Paatsalu_vallavalitsus, lk 16
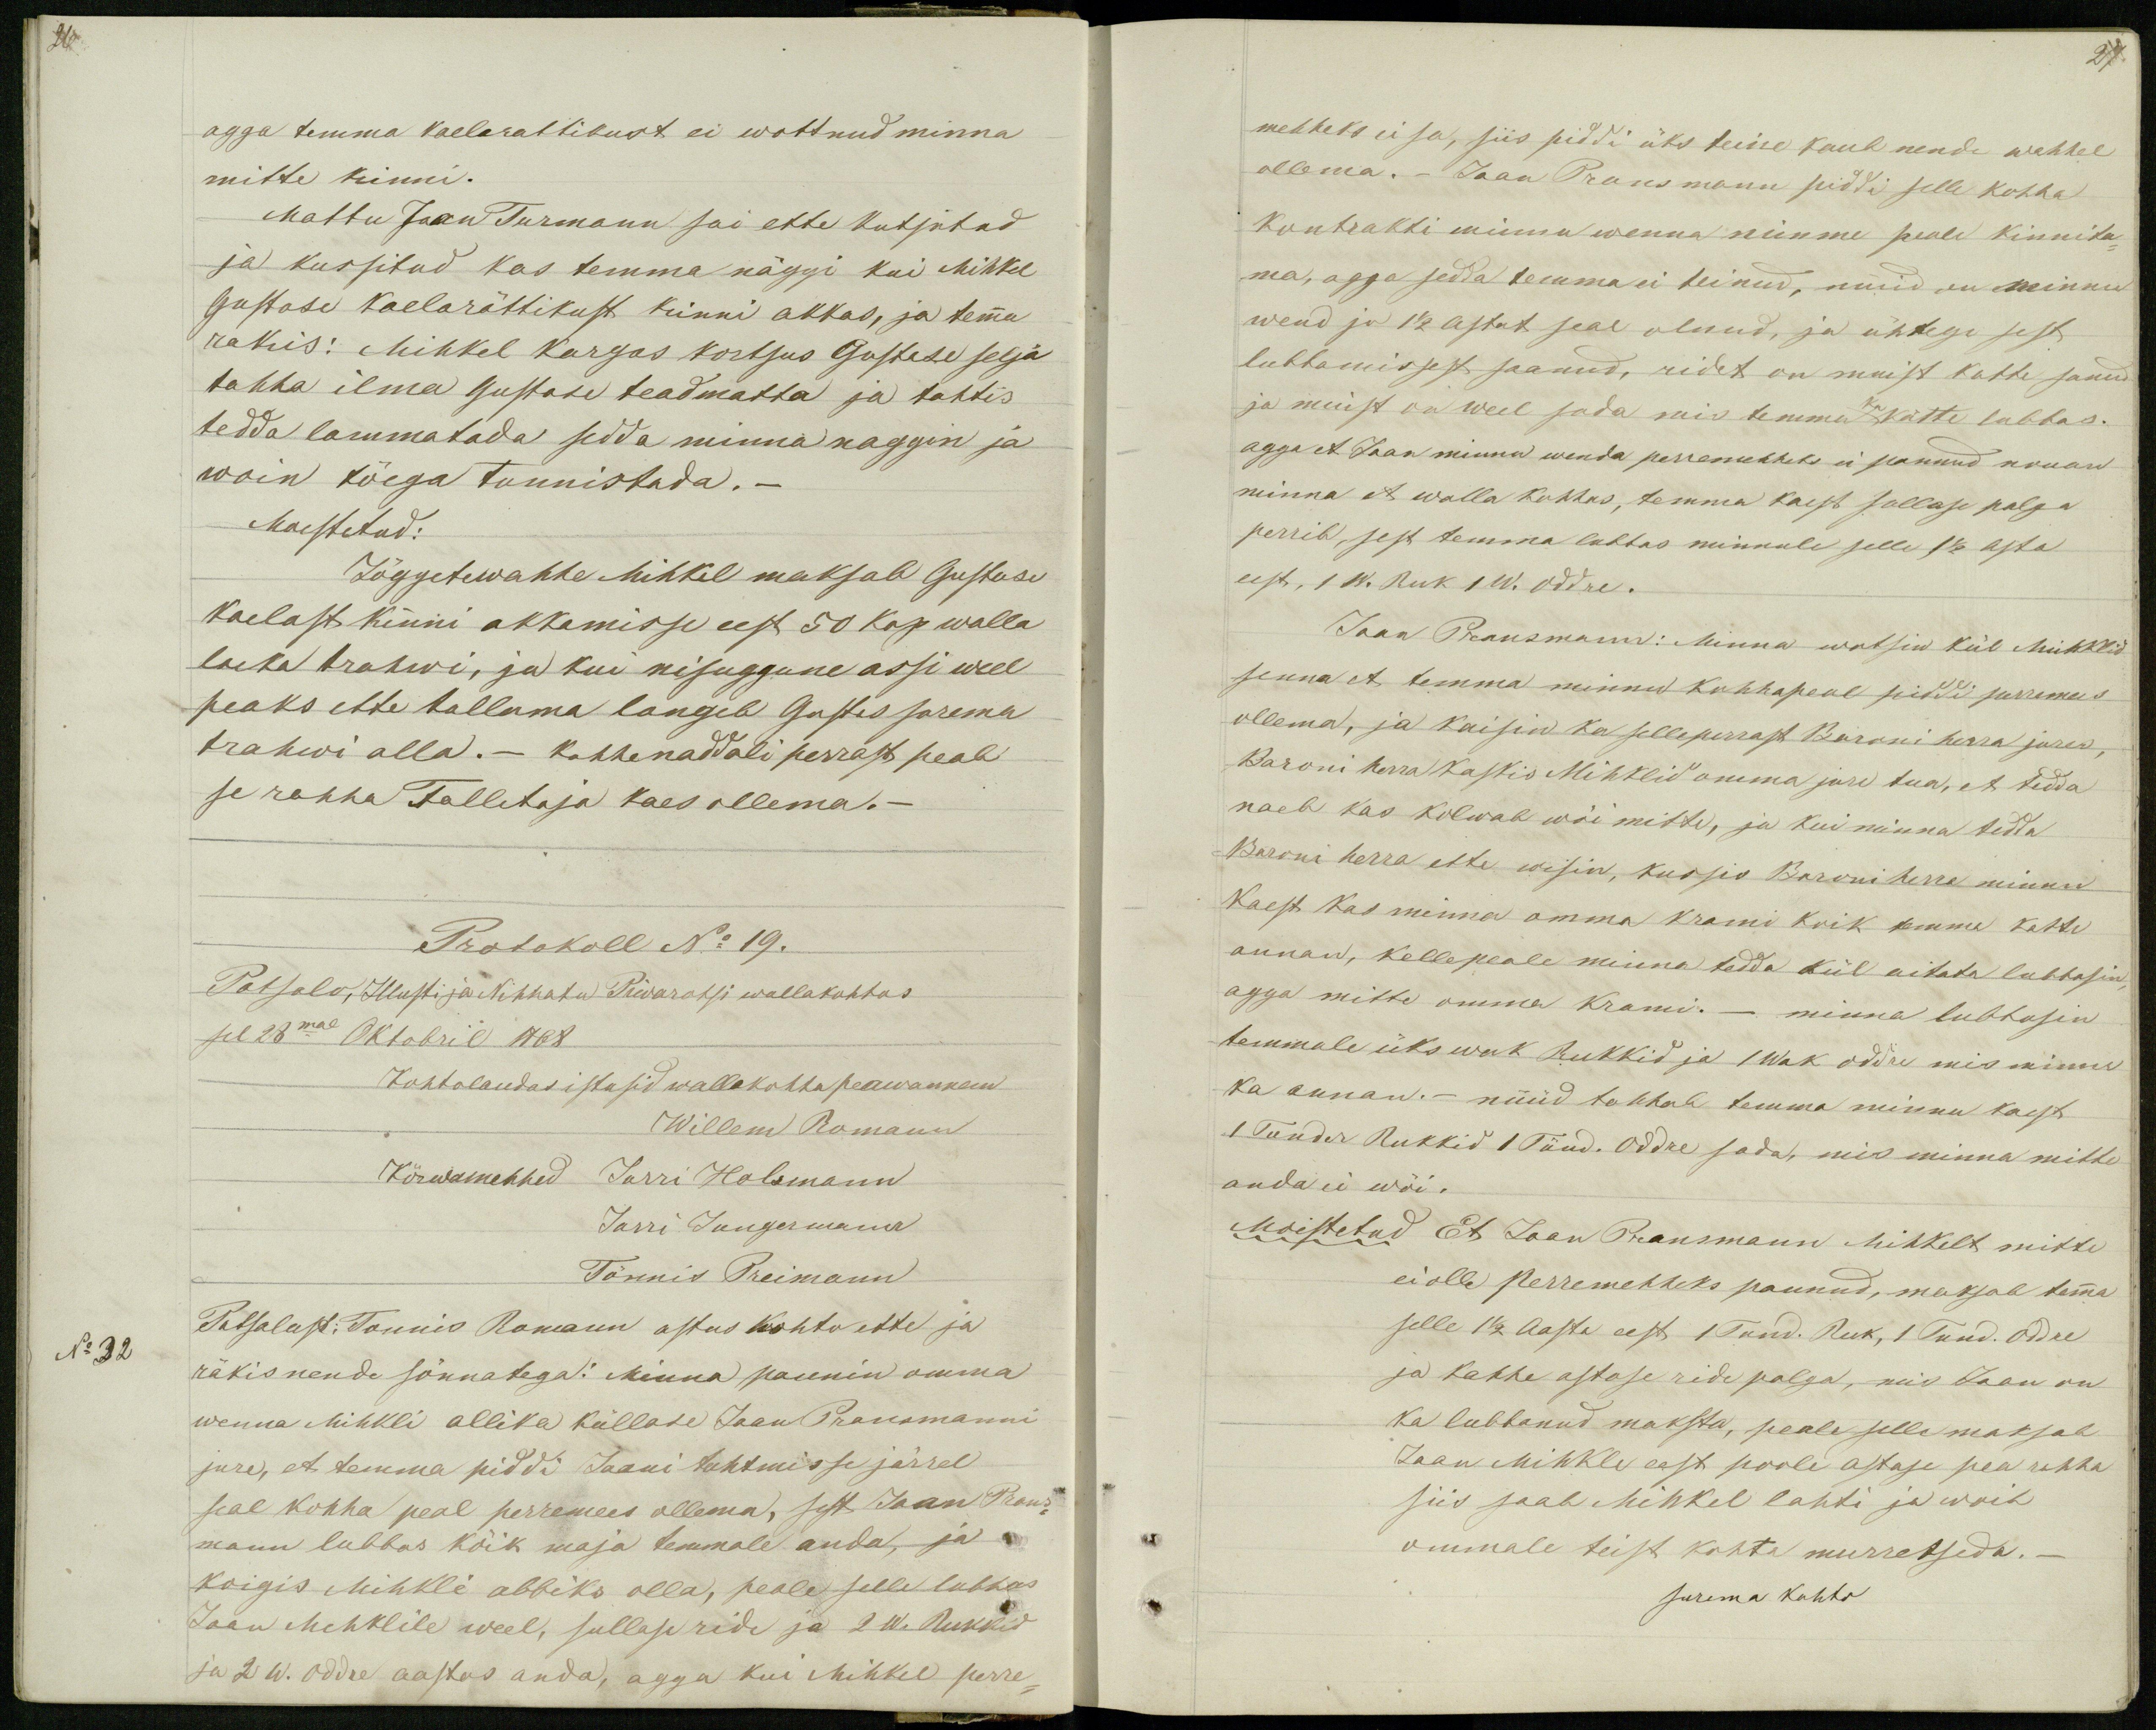
agga temma kaelarattikust ei wottnud minna
mitte kinni.
Mattu Jaan Turmann sai ette kutsutud
ja kussitud kas temma näggi kui Mihkel
Gustase kaelarättikust kinni akkas, ja temma
rakis: Mihkel kargas kortsus Gustase selja
tahha ilma Gustase teadmatta ja tahtis
tedda lammatada sedda minna naggin ja
woin tõega tunnistada._
Moestetud:
Jõggetewahhe Mihkel maksab Gustase
kaelast kinni akkamisse eest 50 kop walla
laeka trahwi, ja kui nisuggune assi weel
peaks ette tullama langeb Gustas surema
trahwi alla. _ kahhenaddali perrast peab
se rahha Tallitaja kaes ollema._
Protokoll No 19.
Patsalo, Illusti ja Nihhatu Piwarotsi wallakohtos
sel 28mal Oktobril 1868
Kohtolaudas istusid wallakohto peawannem
Willem Romann
Kõrwamehhed Jurri Holsmann
Jurri Jungermann
Tönnis Preimann
No 32
Patsalust: Tonnis Romann astus kohto ette ja
räkis nende sõnnatega: Minna pannin omma
wenna Mihkli allika küllase Jaan Pransmanni
jure, et temma piddi Jaani tahtmisse järrel
seal kohha peal perremees ollema, sest Jaan Prans-
mann lubbas kõik maja temmale anda, ja
koigis Mihkli abbiks olla, peale selle lubbas
Jaan Mehklile weel, sullase ride ja 2 W. Rukkid
ja 2 W. Oddre aastas anda, agga kui Mihkel perre-

27
mehheks ei sa, siis piddi üks teine kaub nende wahhel
ollema. _  Jaan Pransmann piddi selle kohha
kontrakti minnu wenna nimme peale kinnita-
ma, agga sedda temma ei teinud, nüüd on minnu
wend jo 1 1/2 astat seal olnud, ja ühtege sest
lubbamissest saanud, ridet on muist katte sanud
ja muist on weel sada mis temma kätte lubbas.
agga et Jaan minnu wenda perremehheks ei pannud nouan
minna et walla kohhos, temma kaest sullase palga
perrib, sest temma lubbas minnule selle 1 1/2 asta
eest, 1 W. Ruk 1 W. Oddre.
Jaan Pransmann: Minna wotsin kül Mihklid
senna et temma minnu kohhapeal piddi perremees
ollema, ja kaisin ka selleperrast Baroni herra jures,
Baroni herra kaskis Mihklid omma jure tua, et tedda
naeb kas kolwab wõi mitte, ja kui minna tedda
Baroni herra ette wisin, kussis Baroni herra minnu
kaest kas minna omma krami koik temma katte
annan, kelle peale minna tedda kül aitata lubbasin,
agga mitte omma krami._ minna lubbasin
temmale üks wak Rukkid ja 1 Wak oddre mis minna
ka annan. _ nüüd tahhab temma minnu kaest
1 Tunder Rukkid 1 Tünd. Oddre sada, mis minna mitte
anda ei wõi.
Moistetud Et Jaan Pransmann Mihkelt mitte
ei olle perremehheks pannud, maksab temma
selle 1 1/2 Aasta eest 1 Tund. Ruk, 1 Tund. Oddre
ja kahhe astase ride palga, mis Jaan on
ka lubbanud maksta, peale selle maksab
Jaan Mihkle eest poole astase pea rahha
siis saab Mihkel lahti ja woib
ommale teist kohta murretseda._
surema kohto